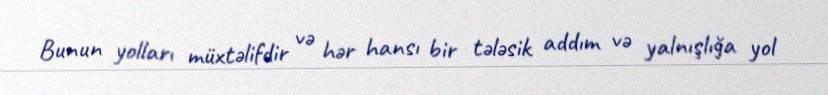
Bunun yolları müxtəlifdir və hər hansı bir tələsik addım və yalnışlığa yol